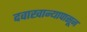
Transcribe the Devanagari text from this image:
दवाखान्यापासून